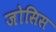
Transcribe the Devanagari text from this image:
जोसिस